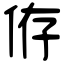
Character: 侟